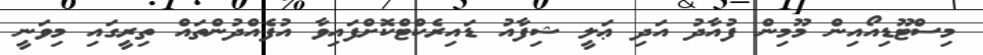
މިސްޓޫޑިއޯއިން މޫމިން ފުއާދު އަދި ޢަލީ ޝިފާއު ޑައިރެކްޓްކޮށްފައިވާ އުފެއްދުންތައް ތިރީގައި މިވަނީ